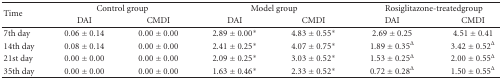
<table><thead><tr><td rowspan="2"><b>Time</b></td><td colspan="2"><b>Control group</b></td><td colspan="2"><b>Model group</b></td><td colspan="2"><b>Rosiglitazone-treatedgroup</b></td></tr><tr><td><b>DAI</b></td><td><b>CMDI</b></td><td><b>DAI</b></td><td><b>CMDI</b></td><td><b>DAI</b></td><td><b>CMDI</b></td></tr></thead><tbody><tr><td>7th day</td><td>0.06 ± 0.14</td><td>0.00 ± 0.00</td><td>2.89 ± 0.00*</td><td>4.83 ± 0.55*</td><td>2.69 ± 0.25</td><td>4.51 ± 0.41</td></tr><tr><td>14th day</td><td>0.08 ± 0.14</td><td>0.00 ± 0.00</td><td>2.41 ± 0.25*</td><td>4.07 ± 0.75*</td><td>1.89 ± 0.35<sup>Δ</sup></td><td>3.42 ± 0.52<sup>Δ</sup></td></tr><tr><td>21st day</td><td>0.00 ± 0.00</td><td>0.00 ± 0.00</td><td>2.09 ± 0.25*</td><td>3.03 ± 0.52*</td><td>1.53 ± 0.25<sup>Δ</sup></td><td>2.00 ± 0.55<sup>Δ</sup></td></tr><tr><td>35th day</td><td>0.00 ± 0.00</td><td>0.00 ± 0.00</td><td>1.63 ± 0.46*</td><td>2.33 ± 0.52*</td><td>0.72 ± 0.28<sup>Δ</sup></td><td>1.50 ± 0.55<sup>Δ</sup></td></tr></tbody></table>